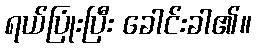
ရယ်ပြုံးပြီး ခေါင်းခါ၏။